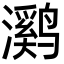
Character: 㶉